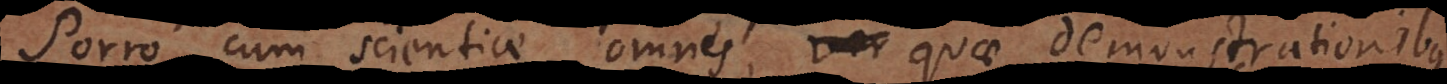
Porro cum scientiae omnes, ver quae demonstrationibus